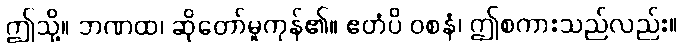
ဤသို့။ ဘဏထ၊ ဆိုတော်မူကုန်၏။ ဧတံပိ ဝစနံ၊ ဤစကားသည်လည်း။